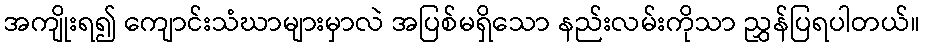
အကျိုးရ၍ ကျောင်းသံဃာများမှာလဲ အပြစ်မရှိသော နည်းလမ်းကိုသာ ညွှန်ပြရပါတယ်။